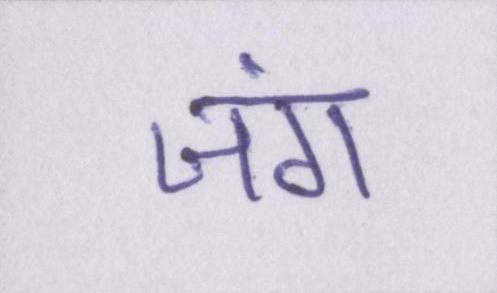
जंग